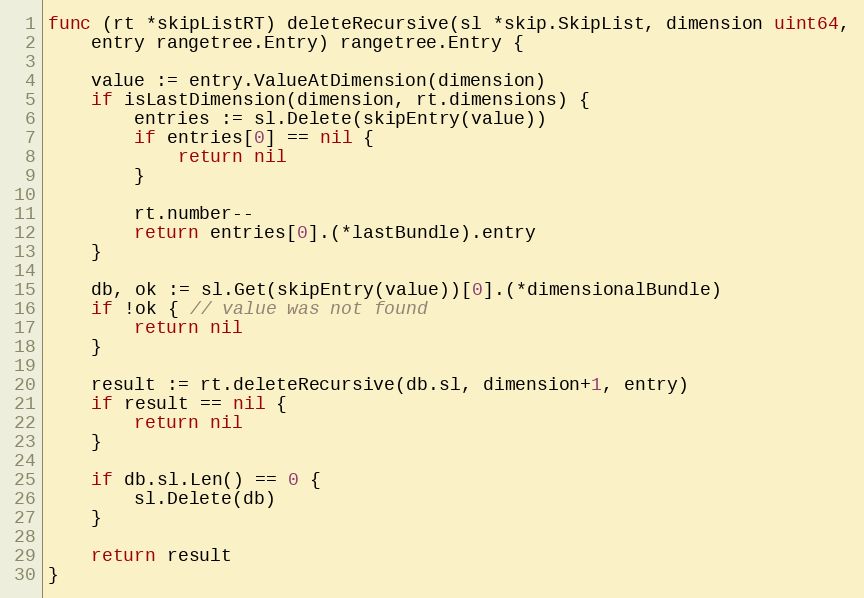
Language: Go
func (rt *skipListRT) deleteRecursive(sl *skip.SkipList, dimension uint64,
	entry rangetree.Entry) rangetree.Entry {

	value := entry.ValueAtDimension(dimension)
	if isLastDimension(dimension, rt.dimensions) {
		entries := sl.Delete(skipEntry(value))
		if entries[0] == nil {
			return nil
		}

		rt.number--
		return entries[0].(*lastBundle).entry
	}

	db, ok := sl.Get(skipEntry(value))[0].(*dimensionalBundle)
	if !ok { // value was not found
		return nil
	}

	result := rt.deleteRecursive(db.sl, dimension+1, entry)
	if result == nil {
		return nil
	}

	if db.sl.Len() == 0 {
		sl.Delete(db)
	}

	return result
}